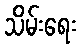
သိမ်းရေး